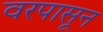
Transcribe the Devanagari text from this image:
वरपासून